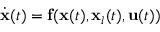
\begin{array} { r } { \dot { \mathbf { x } } ( t ) = \mathbf { f } ( \mathbf { x } ( t ) , \mathbf { x } _ { l } ( t ) , \mathbf { u } ( t ) ) } \end{array}